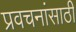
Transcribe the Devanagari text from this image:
प्रवचनांसाठी